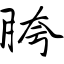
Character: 胯